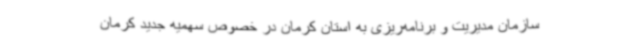
سازمان مدیریت و برنامه‌ریزی به استان کرمان در خصوص سهمیه جدید کرمان